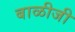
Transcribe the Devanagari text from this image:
बाळीजी